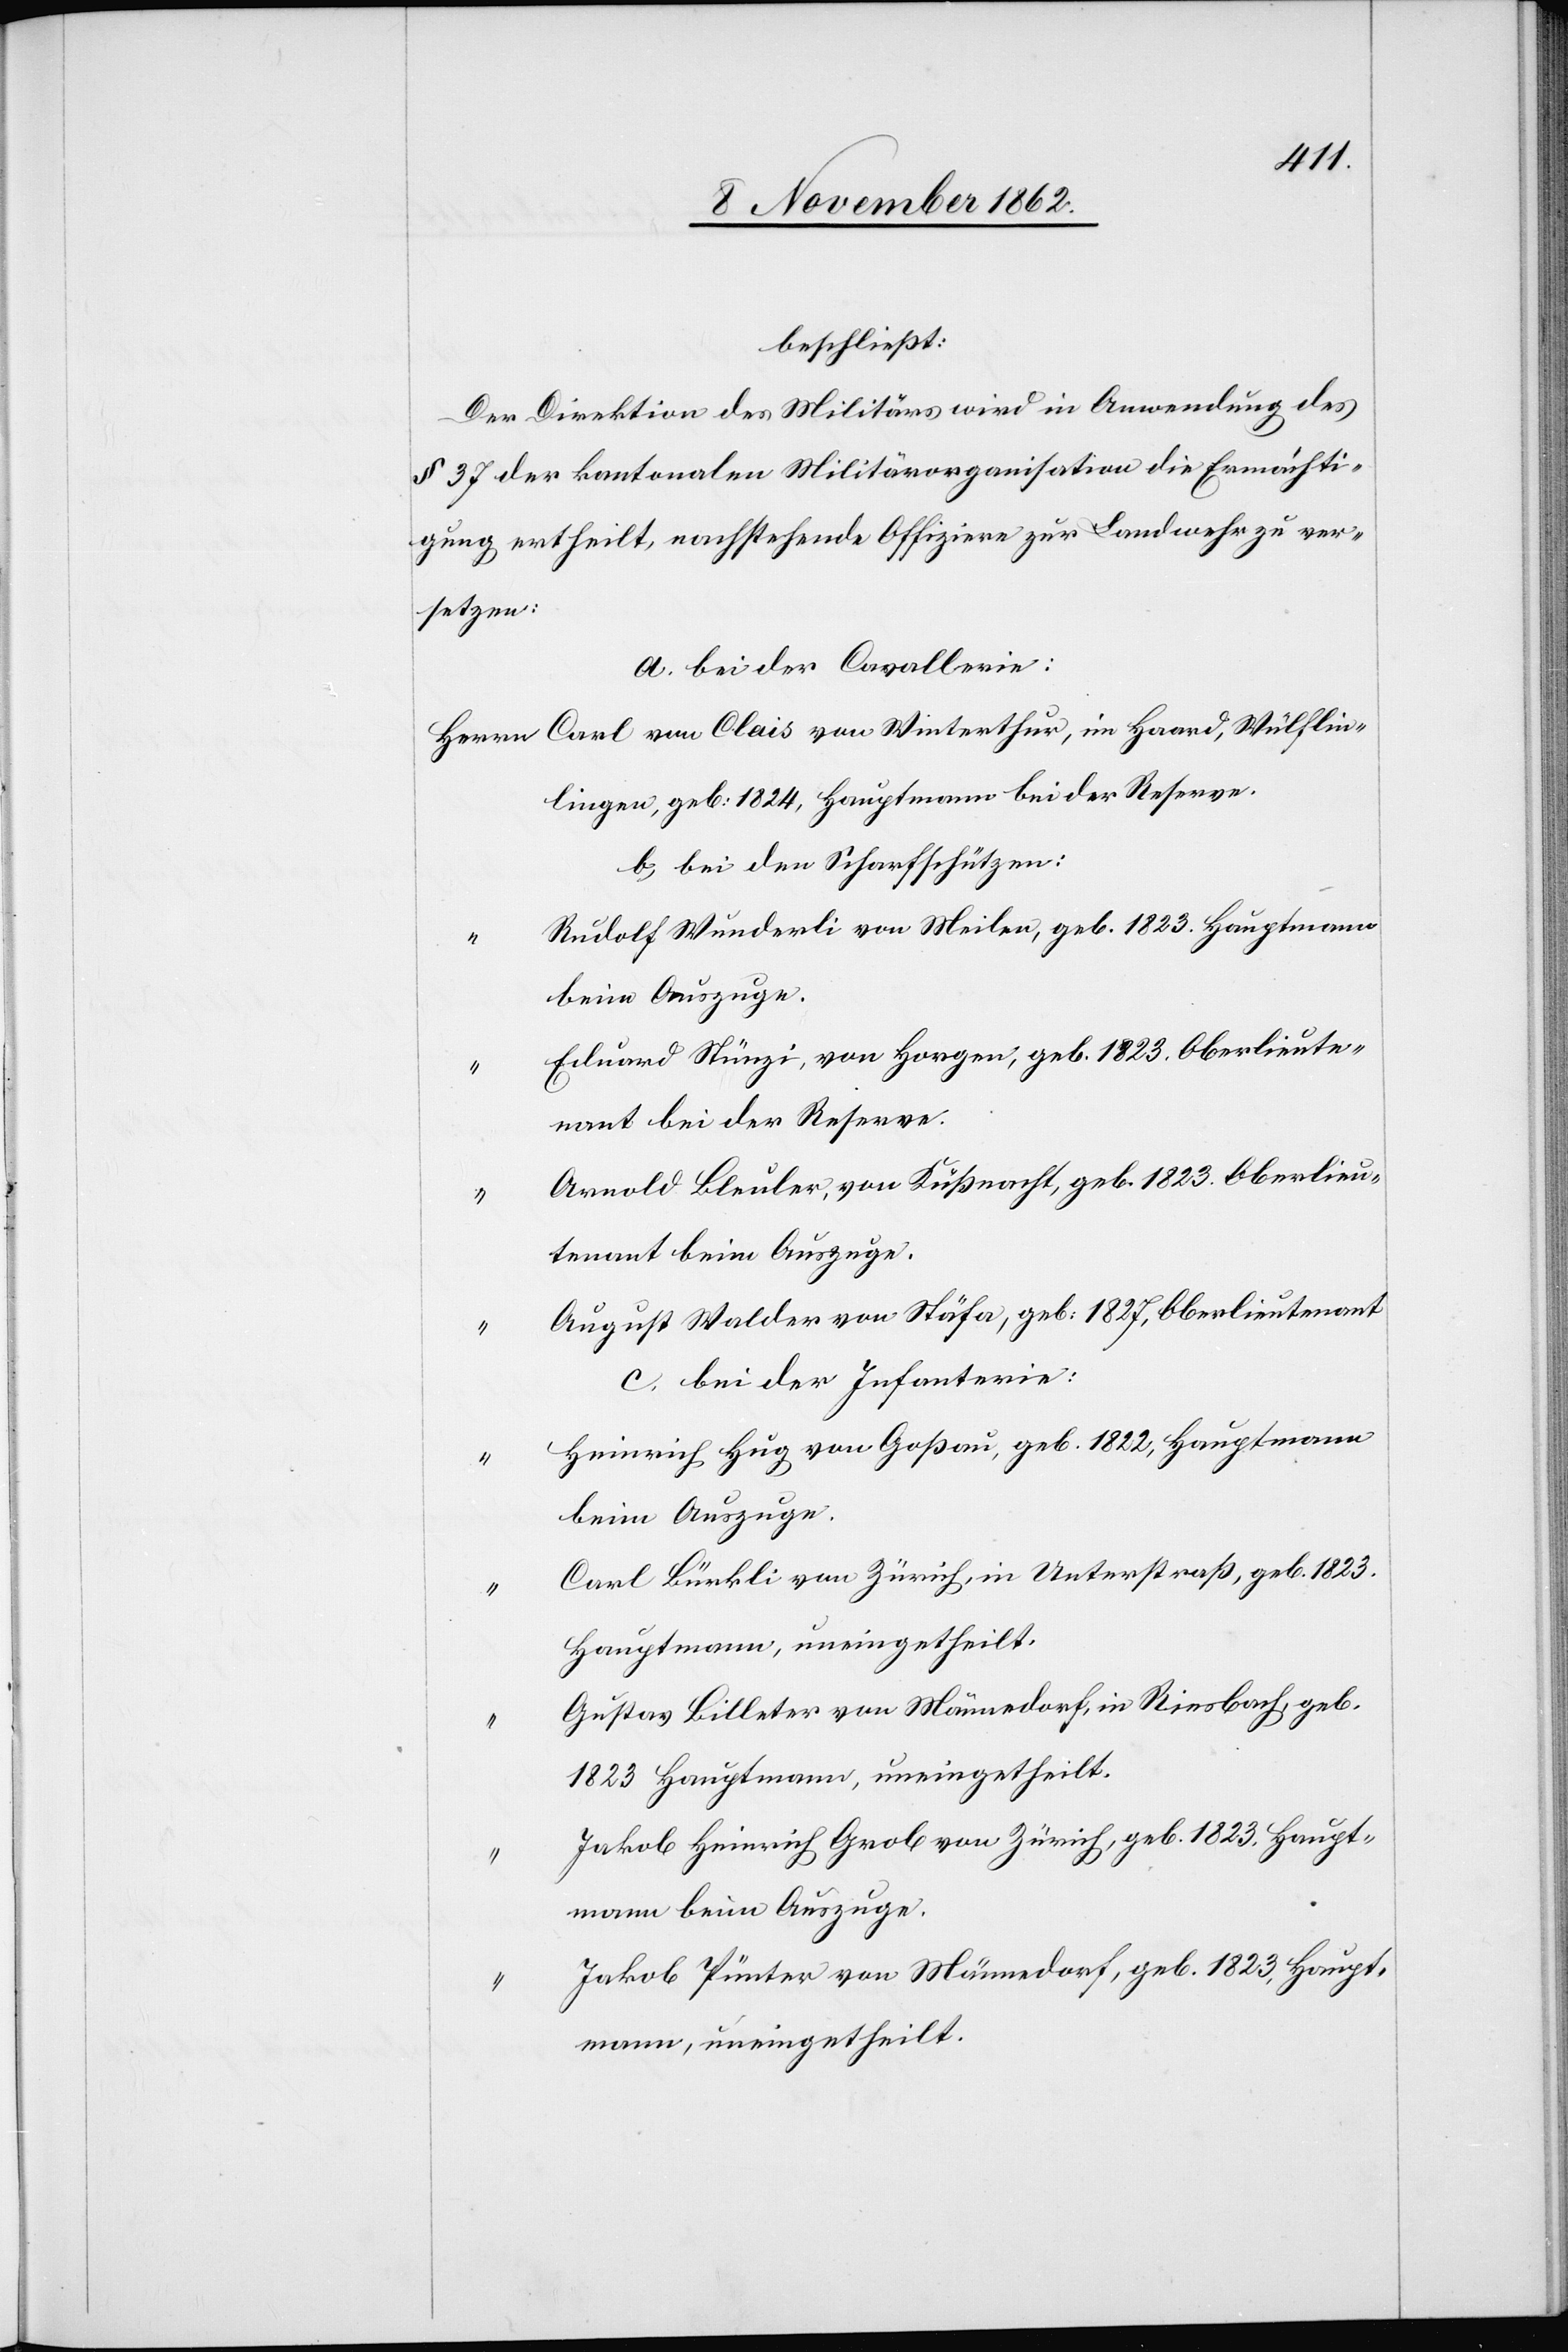
Wülf¬
beschließt:
Der Direktion des Militärs wird in Anwendung des
§ 37 der kantonalen Militärorganisation die Ermächti¬
gung ertheilt, nachstehende Offiziere zur Landwehr zu ver¬
setzen:
a. bei der Cavallerie:
lingen, geb: 1824, Hauptmann bei der Reserve.
b. bei den Scharfschützen:
Rudolf Wunderli von Meilen, geb. 1823. Hauptmann
beim Auszuge.
Eduard Stürgi, von Horgen, geb. 1823. Oberlieute¬
nant bei der Reserve.
Arnold Bleuler, von Küßnacht, geb. 1823. Oberlieu¬
tenant beim Auszuge.
August Walder von Stäfa, geb: 1827, Oberlieutenant.
c. bei der Infanterie:
Heinrich Hug von Goßau, geb. 1822, Hauptmann
beim Auszuge.
Carl Bürkli von Zürich, in Unterstraß, geb. 1823.
Hauptmann, uneingetheilt.
Gustav Billeter von Männedorf, in Riesbach, geb.
1823 Hauptmann, uneingetheil.
Jakob Heinrich Grob von Zürich, geb. 1823. Haupt¬
mann beim Auszuge.
Jakob Pünter von Männedorf, geb. 1823, Haupt¬
mann, uneingetheilt.